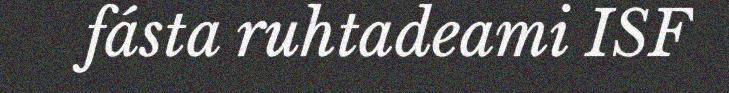
fásta ruhtadeami ISF